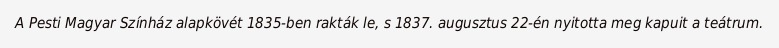
A Pesti Magyar Színház alapkövét 1835-ben rakták le, s 1837. augusztus 22-én nyitotta meg kapuit a teátrum.